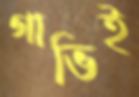
গাভিই